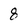
Character: 8